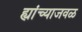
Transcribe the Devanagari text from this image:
ह्यांच्याजवळ